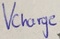
Text: Vcharge